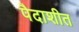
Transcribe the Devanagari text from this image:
पैदाशीत